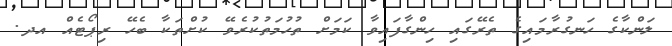
ލަންކާގެ ހަނގުރާމައިގެ ތެރޭގައި ހިންގާފައިވާ ކަމަށް ތުހުމަތުކުރެވޭ ކުށްތަކާ ބެހޭ ރިޕޯޓެއް އދ.